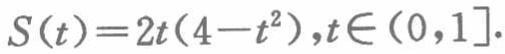
\[S(t)=2t(4 - t^{2}),t\in(0,1].\]